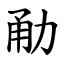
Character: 勈